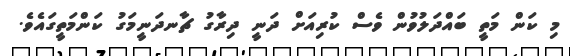
މި ކަން މަތީ ބައްދަލުވުން ވެސް ކުރިއަށް ދަނީ ދިރާގު ޗާނދަނީމަގު ކަންމަތީގައެވެ.